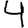
Digit: 4